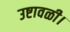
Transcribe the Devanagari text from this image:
उष्टावळी।